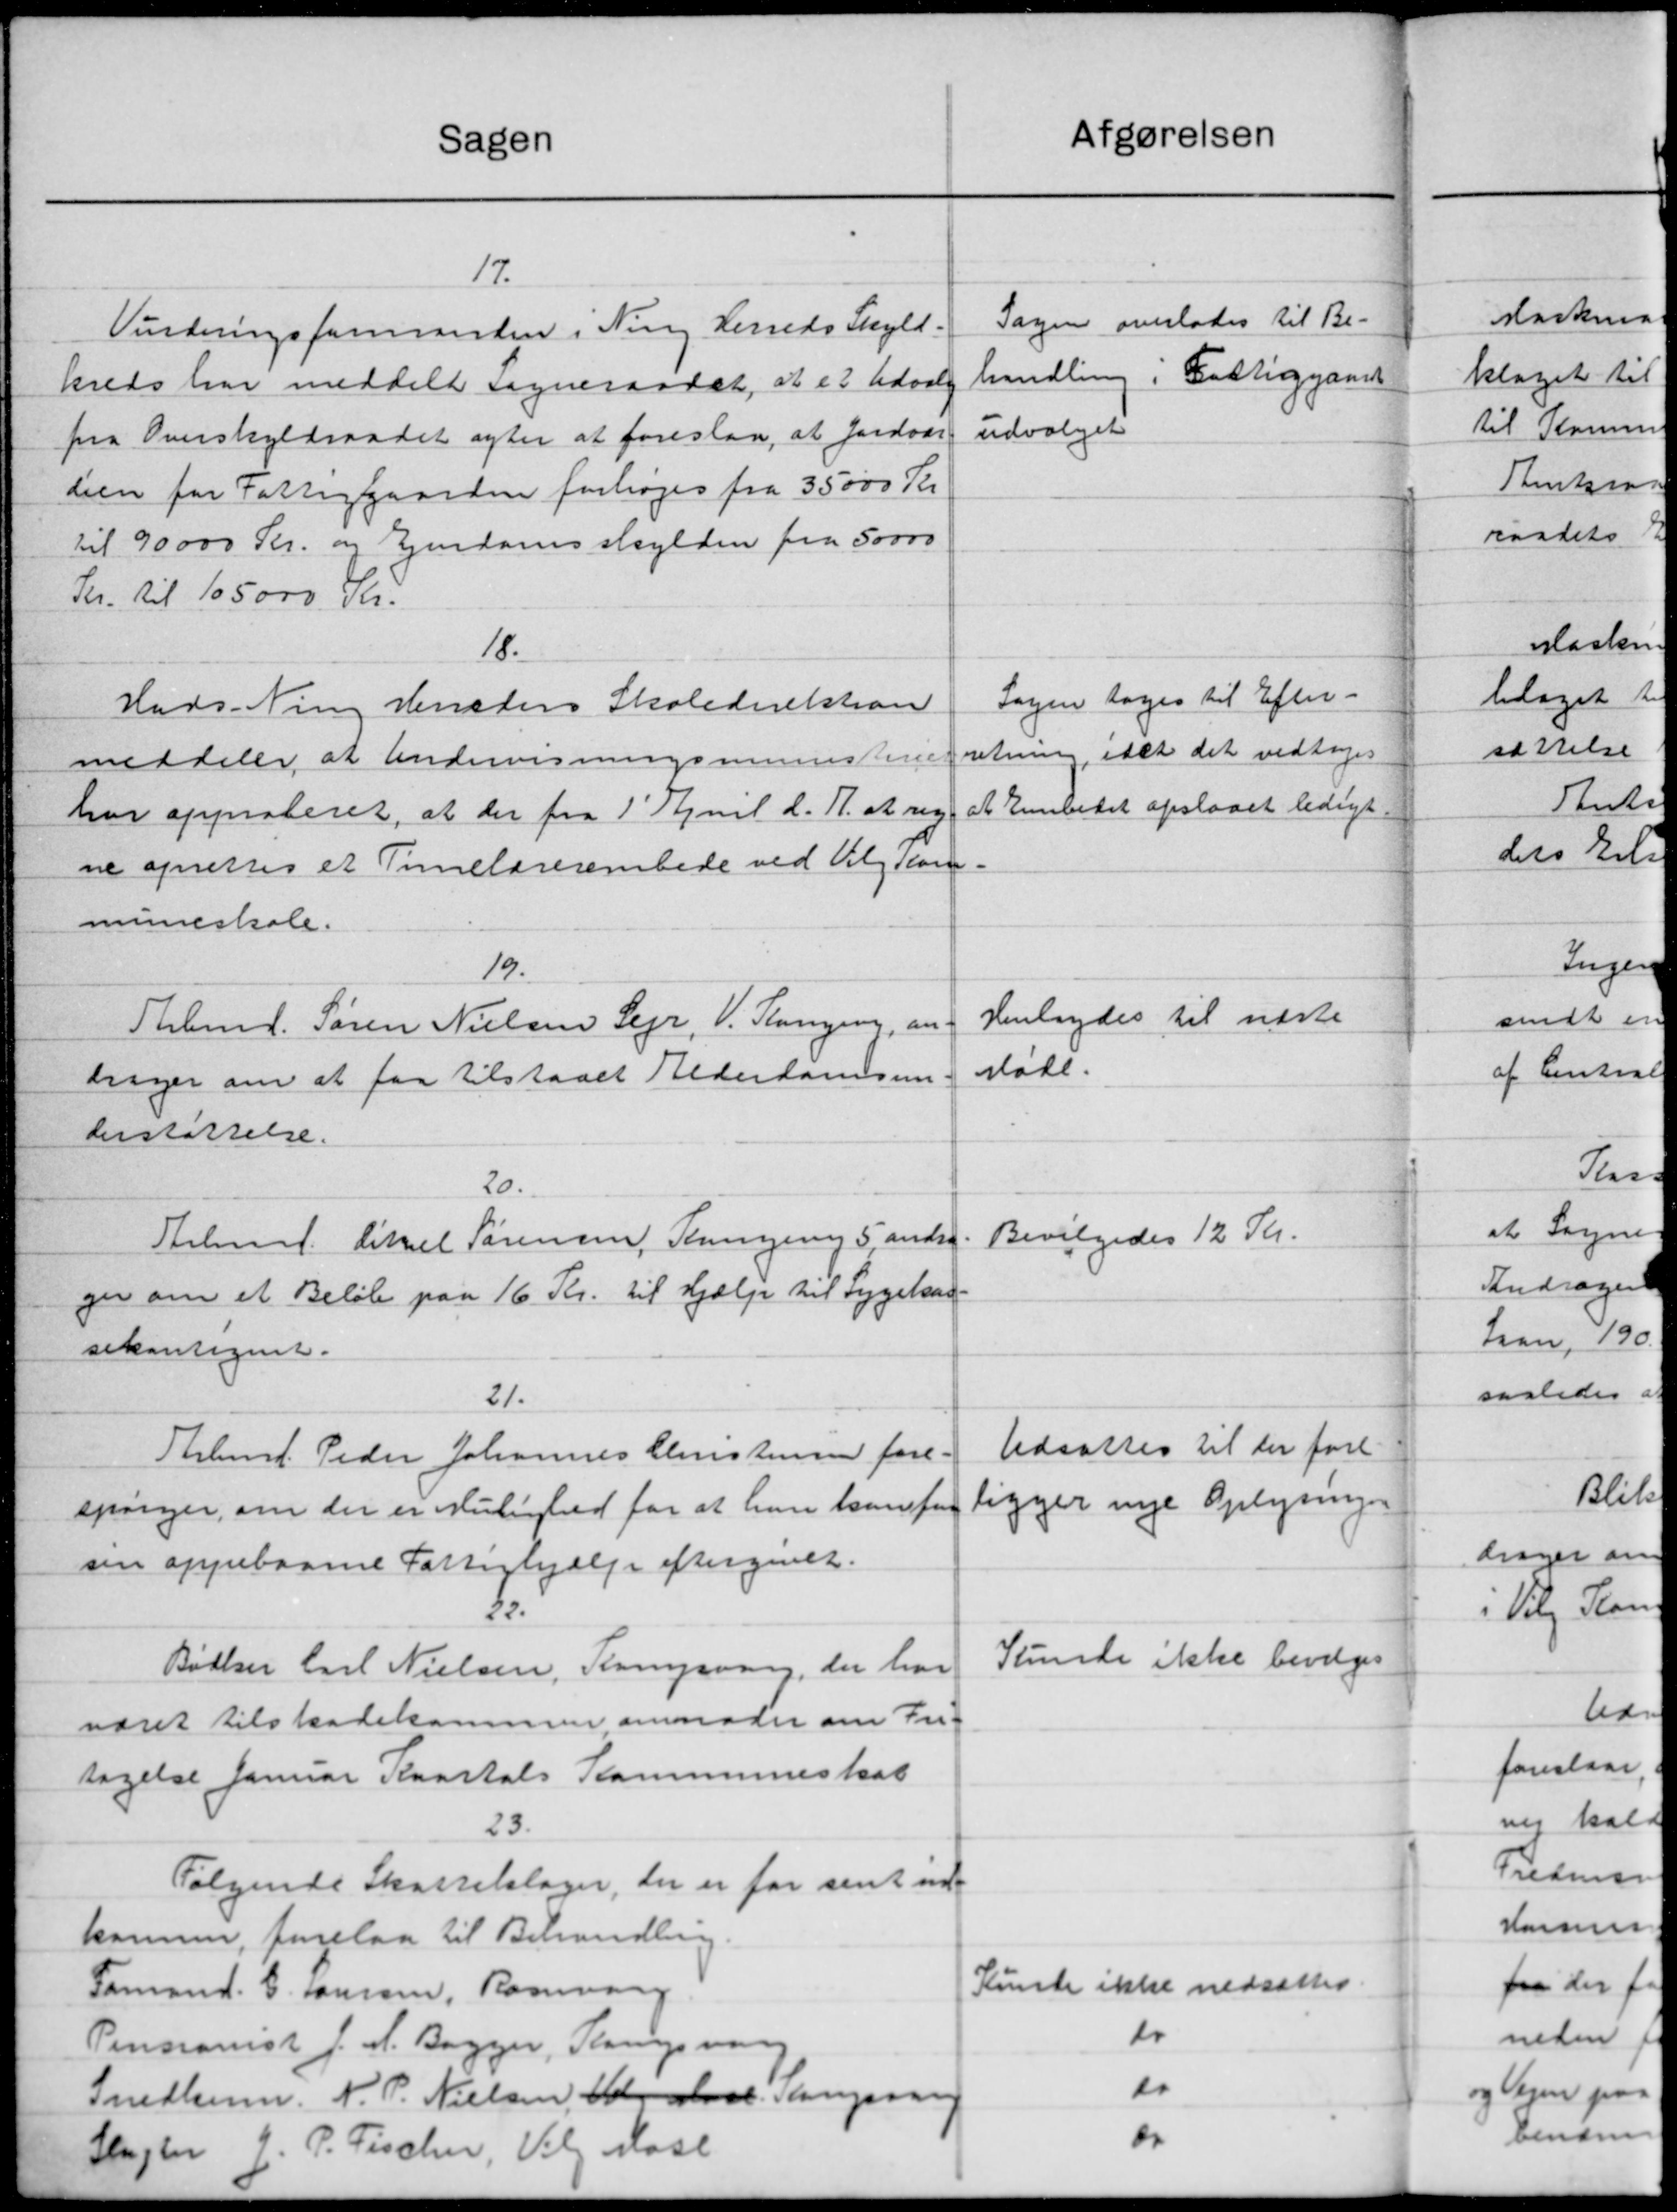
Transskription:
Sagen
17.
Vurderingsformanden i Ning Herreds Skyld.
kreds har meddelt Sogneraadet, at et Udval
paa Overskyldraadet agter at foreslaa, at Jordvar
dien for Fattiggaarden forhøjes fra 35000 Kr.
til 90000 Kr. og Ejendomsskylden fra 50000
Kr. til 105.000 Kr.
18.
Hads Ning Henstens Skoledirektion
meddeler at Andervisningsministeriet
har approberet, at der fra 1' April d. A. at reg
ne oprettes et Timelærerembede ved Valg som
muneskole.
19.
Thbmd. Søren Nielsen Sejr, V. Kongen, an-
drager om at faa tilstaaet Alderdomsun
berstøttelse.
20.
Stelmag. Aksel Sørensen Retningering 5 andrag.
ger om et Beløb paa 16 Kr. til Hjælp til Sygekas-
sekontignet.
21.
Thlmf. Peder Johannes Christensen fore-
spørger, om der er mulighed for at hun kan for
sen oppebaarne Fattighjælp eftergives.
5.
Bødker Carl Nielsen, Kampvang, der har
været tilskadekommen anmoder om Fri-
tagelse Januar Kvartals Kommuneskat
23.
Følgende Skattelslager, der er for sent ind
kommer, forelaa til Behandling
Formand. C. Laursen, Rommang
Pensionist J. A. Bagger, Tangsvang
Snedkerm. N. P. Nielsen, Gdr. aarl. Ringsren
Slagter J. P. Fischer, Valg Mose